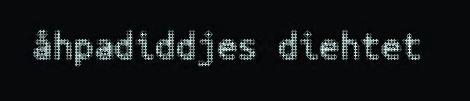
åhpadiddjes diehtet